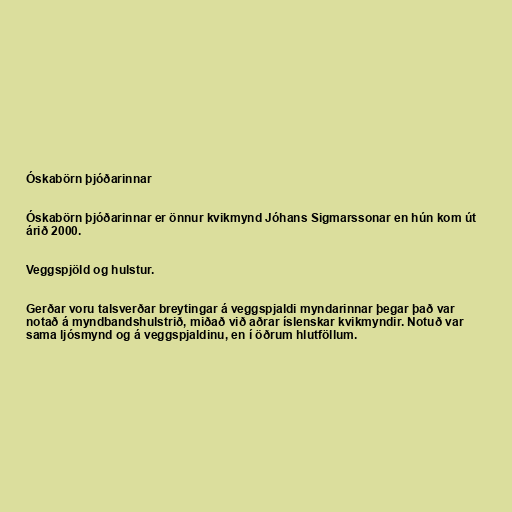
Óskabörn þjóðarinnar

Óskabörn þjóðarinnar er önnur kvikmynd Jóhans Sigmarssonar en hún kom út
árið 2000.

Veggspjöld og hulstur.

Gerðar voru talsverðar breytingar á veggspjaldi myndarinnar þegar það var
notað á myndbandshulstrið, miðað við aðrar íslenskar kvikmyndir. Notuð var
sama ljósmynd og á veggspjaldinu, en í öðrum hlutföllum.